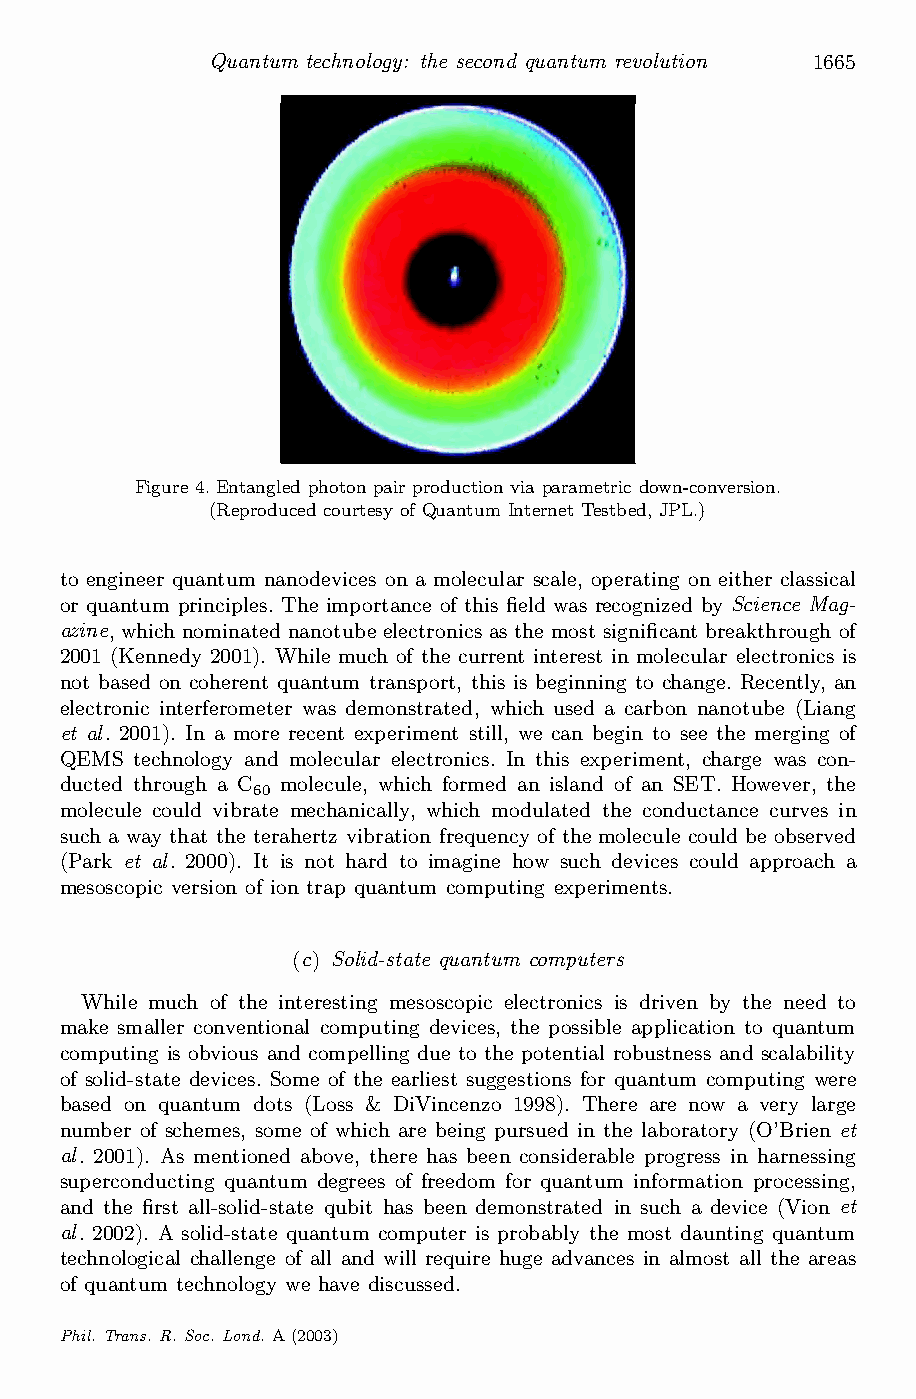
Quantum technology: the second quantum revolution 1665
 Figure 4.Entangled photon pairproduction via parametric down-conversion.
 (Reproduced courtesy of Quantum Internet Testbed, JPL.)
 to engineer quantum nanodevices on a molecular scale, operating on either classical
 or quantum principles. The importance of this ¯eld was recognized by Science Mag-
 azine,whichnominated nanotube electronics as the most signi¯cant breakthrough of
 2001 (Kennedy 2001). While much of the current interest in molecular electronics is
 not based on coherent quantum transport, this is beginning to change. Recently, an
 electronic interferometer was demonstrated, which used a carbon nanotube (Liang
 et al. 2001). In a more recent experiment still, we can begin to see the merging of
 QEMS technology and molecular electronics. In this experiment, charge was con-
 ducted through a C molecule, which formed an island of an SET. However, the
 60
 molecule could vibrate mechanically, which modulated the conductance curves in
 such a way that the terahertz vibration frequency of the molecule could be observed
 (Park et al. 2000). It is not hard to imagine how such devices could approach a
 mesoscopic version of ion trap quantum computing experiments.
 (c) Solid-state quantum computers
 While much of the interesting mesoscopic electronics is driven by the need to
 make smaller conventional computing devices, the possible application to quantum
 computing is obvious and compelling due to the potential robustness and scalability
 of solid-state devices. Some of the earliest suggestions for quantum computing were
 based on quantum dots (Loss & DiVincenzo 1998). There are now a very large
 number of schemes, some of which are being pursued in the laboratory (O’Brien et
 al. 2001). As mentioned above, there has been considerable progress in harnessing
 superconducting quantum degrees of freedom for quantum information processing,
 and the ¯rst all-solid-state qubit has been demonstrated in such a device (Vion et
 al. 2002). A solid-state quantum computer is probably the most daunting quantum
 technological challenge of all and will require huge advances in almost all the areas
 of quantum technology we have discussed.
 Phil. Trans. R. Soc. Lond. A(2003)